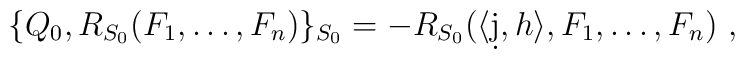
\{Q_0,R_{S_0}(F_1,\ldots,F_n)\}_{S_0}=  -R_{S_0}(\langle\d j,h\rangle,F_1,\ldots,F_n) \ ,